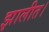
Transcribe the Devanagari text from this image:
झालीत।